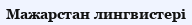
Мажарстан лингвистері